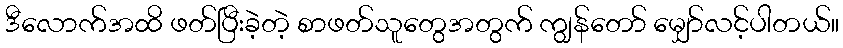
ဒီလောက်အထိ ဖတ်ပြီးခဲ့တဲ့ စာဖတ်သူတွေအတွက် ကျွန်တော် မျှော်လင့်ပါတယ်။